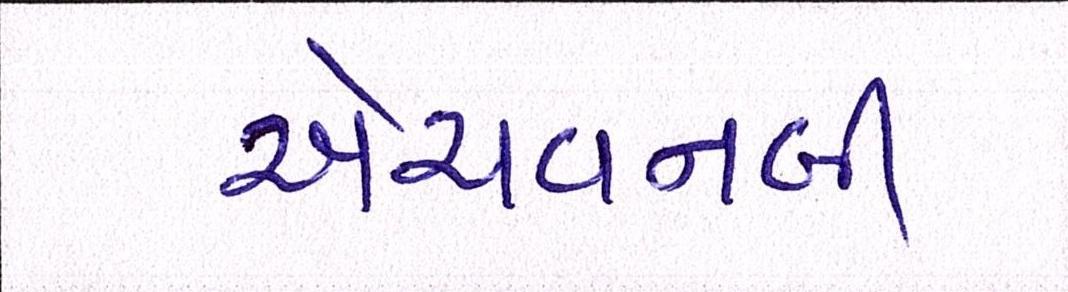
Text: એચવનબી